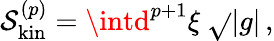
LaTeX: \mathcal{S}_{\mathrm{{kin}}}^{(p)}=\intd^{p+1}\xi\ \sqrt{}{{|g|}}\, ,